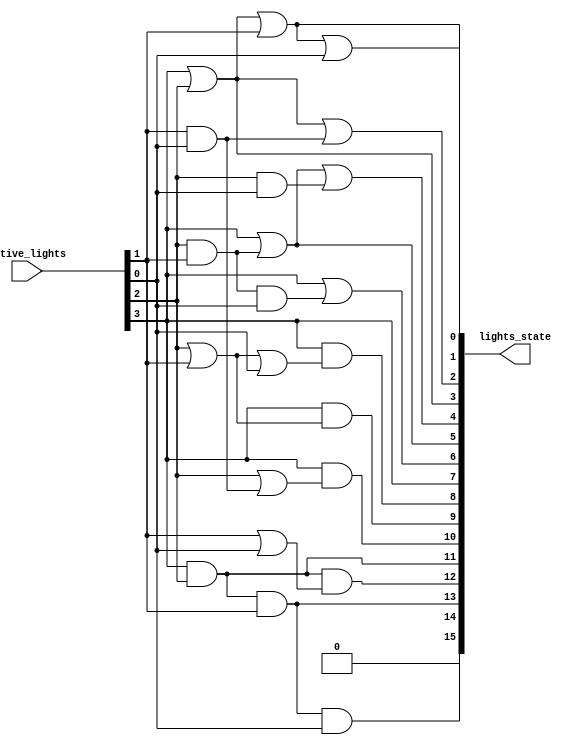
/*--  *******************************************************
--  Computer Architecture Course, Laboratory Sources 
--  Amirkabir University of Technology (Tehran Polytechnic)
--  Department of Computer Engineering (CE-AUT)
--  https://ce[dot]aut[dot]ac[dot]ir
--  *******************************************************
--  All Rights reserved (C) 2019-2020
--  *******************************************************
--  Student ID  : 
--  Student Name: 
--  Student Mail: 
--  *******************************************************
--  Additional Comments:
--
--*/

/*-----------------------------------------------------------
---  Module Name: Active Lights
---  Description: Module4: 
-----------------------------------------------------------*/
`timescale 1 ns/1 ns

module LampState (
	input  [ 3:0] active_lights , // number of active light
	output [15:0] lights_state    // state of lights is on
);
	//behavioral model
	//integer count;
	//integer active_lights_int;
	//reg [15:0] states;
	//always @ (active_lights) begin
	//	active_lights_int = (active_lights[0]) + (2 * active_lights[1]) + (2 * 2 * active_lights[2]) + (2 * 2 * 2 * active_lights[3]);
	//	states = 16'b0000000000000000;
	//	for(count = 0; count < active_lights_int; count = count + 1) begin
	//		if(count < 16)
	//			states[count] = 1'b1;
	//	end
	//end
	//assign lights_state = states;
	
	
	//gate level model
	reg [15:0] lights_state_int;
	always @ (active_lights) begin
		lights_state_int[0] = active_lights[3] | active_lights[2] | active_lights[1] | active_lights[0];
		lights_state_int[1] = active_lights[3] | active_lights[2] | active_lights[1];
		lights_state_int[2] = active_lights[3] | active_lights[2] | (active_lights[1] & active_lights[0]);
		lights_state_int[3] = active_lights[3] | active_lights[2];
		lights_state_int[4] = active_lights[3] | (active_lights[2] & active_lights[1]) | (active_lights[2] & active_lights[0]);
		lights_state_int[5] = active_lights[3] | (active_lights[2] & active_lights[1]);
		lights_state_int[6] = active_lights[3] | (active_lights[2] & active_lights[1] & active_lights[0]);
		lights_state_int[7] = active_lights[3];
		lights_state_int[8] = active_lights[3] & (active_lights[2] | active_lights[1] | active_lights[0]);
		lights_state_int[9] = active_lights[3] & (active_lights[2] | active_lights[1]);
		lights_state_int[10] = active_lights[3] & (active_lights[2] | (active_lights[1] & active_lights[0]));
		lights_state_int[11] = active_lights[3] & active_lights[2];
		lights_state_int[12] = (active_lights[3] & active_lights[2]) & (active_lights[1] | active_lights[0]);
		lights_state_int[13] = active_lights[3] & active_lights[2] & active_lights[1];
		lights_state_int[14] = active_lights[3] & active_lights[2] & active_lights[1] & active_lights[0];
		lights_state_int[15] = 1'b0; 
	end
	
	assign lights_state = lights_state_int;
	
endmodule